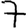
Digit: 7